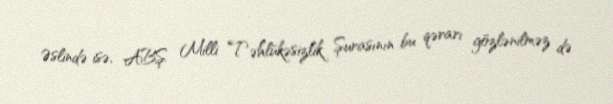
Əslində isə, ABŞ Milli Təhlükəsizlik Şurasının bu qərarı gözlənilməz də